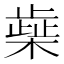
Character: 𰘭